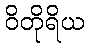
ဝိတိုရိယ